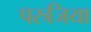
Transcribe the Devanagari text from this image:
परुजिया